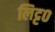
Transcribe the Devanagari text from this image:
लिट्ट०